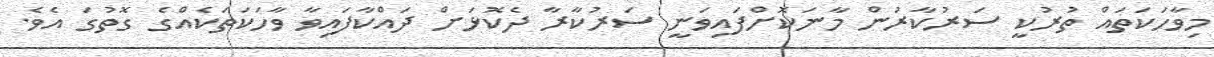
މިވާހަކަތައް ތުރުކީ ސަރުކާރުން މާނަކޮށްފައިވަނީ ސަރުކާރާ ދެކޮޅަށް ދައްކާފައިވާ ވާހަކަތަކެއްގެ ގޮތުގަ އެވެ.